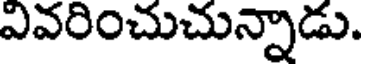
ఎవరించుచున్నాడు.